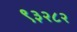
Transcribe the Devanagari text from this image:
९३२८२